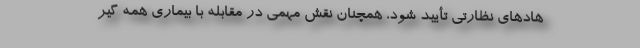
هادهای نظارتی تأیید شود، همچنان نقش مهمی در مقابله با بیماری همه گیر